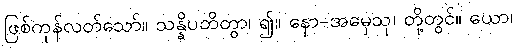
ဖြစ်ကုန်လတ်သော်။ သန္နိပတိတွာ၊ ၍။ နော-အမှေသု၊ တို့တွင်။ ယော၊